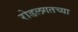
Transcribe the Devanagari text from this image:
रोडलगतच्या